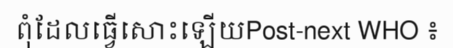
ពុំដែលធ្វើសោះឡើយPost-next WHO ៖